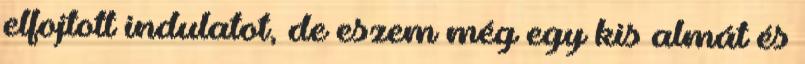
elfojtott indulatot, de eszem még egy kis almát és